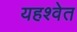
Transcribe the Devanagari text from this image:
यहश्वेत